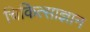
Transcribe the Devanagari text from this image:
चिकित्साज्ञान